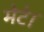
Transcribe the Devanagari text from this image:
मेटे।